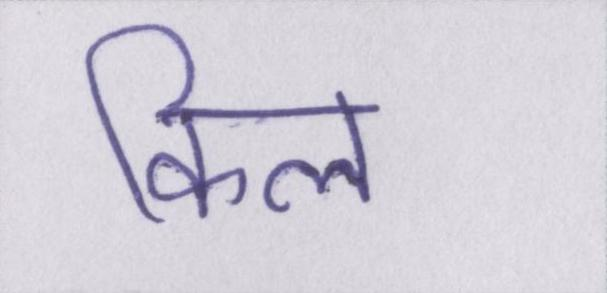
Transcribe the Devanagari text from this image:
किल